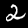
Digit: 2